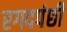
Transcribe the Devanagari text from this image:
रगदपंछी